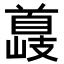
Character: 𮩣